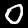
Label: 0